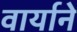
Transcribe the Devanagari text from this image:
वार्याने